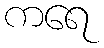
ကရေ